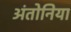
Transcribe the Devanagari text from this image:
अंतोनिया